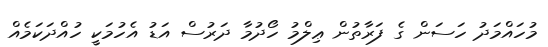
މުހައްމަދު ހަސަން ގެ ފަރާތުން ޢިލްމު ހޯދުމާ ދަރުސް އަޑު އެހުމަކީ ހުއްދަކަމެއް